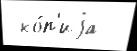
 ко́п'иjа